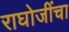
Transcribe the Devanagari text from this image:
राघोजींचा